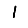
Digit: 1